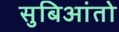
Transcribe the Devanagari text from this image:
सुबिआंतो